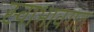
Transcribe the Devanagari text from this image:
स्वाभावगत